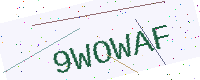
Text: 9WOWAF